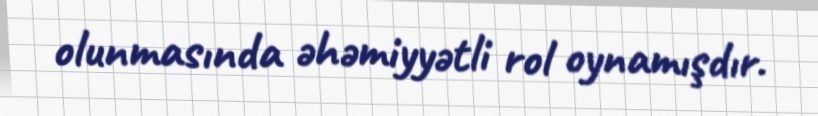
olunmasında əhəmiyyətli rol oynamışdır.